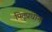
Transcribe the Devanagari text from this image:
पितृप्रधान